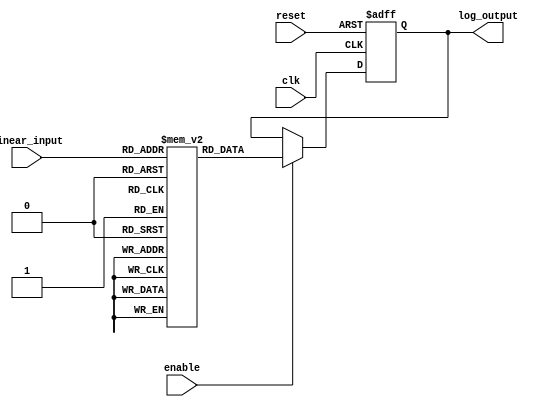
module LogarithmicScalingCircuit (
    input wire clk,                 // Clock input
    input wire reset,               // Reset signal
    input wire [7:0] linear_input,  // 8-bit linear input (range 0 to 255)
    input wire enable,              // Enable signal for the operation
    output reg [7:0] log_output     // 8-bit logarithmic output
);

    // Define parameters for logarithmic base and LUT size
    parameter LUT_SIZE = 256;       // Size of the lookup table
    reg [7:0] log_lut [0:LUT_SIZE-1]; // Logarithm LUT for base 2 (0 to 255)

    // Initialization of the LUT
    integer i;
    initial begin
        for (i = 1; i < LUT_SIZE; i = i + 1) begin
            log_lut[i] = $clog2(i); // Calculate log base 2
        end
        log_lut[0] = 8'hFF; // Undefined log(0), set to a specific value (e.g., 255)
    end

    // Logarithmic calculation process
    always @(posedge clk or posedge reset) begin
        if (reset) begin
            log_output <= 8'b0; // Reset output
        end else if (enable) begin
            log_output <= log_lut[linear_input]; // Fetch logarithm from LUT
        end
    end

endmodule